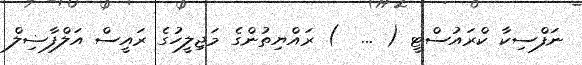
ނަފްސިކާ ކްރައުސްޓީ ( ...  ) ރައްޔިތުންގެ މަޖިލީހުގެ ރައީސް އަލްފާޟިލް